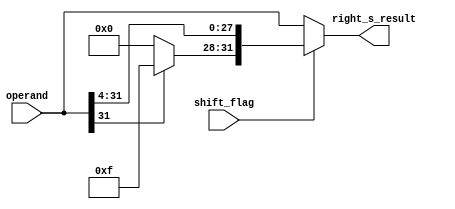
module right_shift_4 (shift_flag,right_s_result,operand);
	input[31:0] operand;
	input shift_flag;
	output[31:0] right_s_result;

	wire[31:0] shifted;
	assign shifted[27:0] = operand[31:4];
	assign shifted[31:28] = operand[31] ? 4'b1111 : 4'b0000;

	assign right_s_result = shift_flag ? shifted : operand;	


endmodule